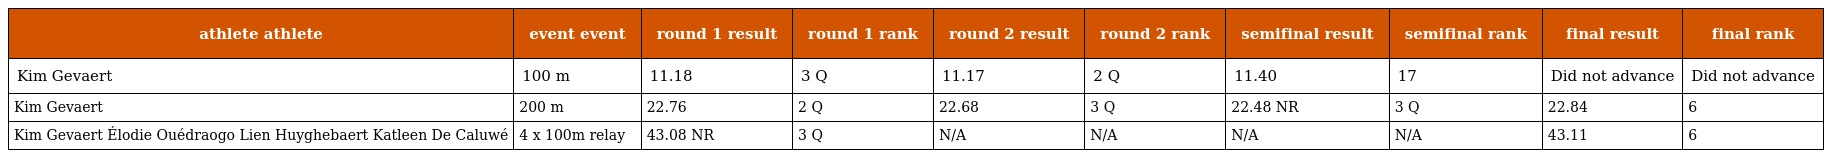
| athlete athlete | event event | round 1 result | round 1 rank | round 2 result | round 2 rank | semifinal result | semifinal rank | final result | final rank |
 | --- | --- | --- | --- | --- | --- | --- | --- | --- | --- |
 | Kim Gevaert | 100 m | 11.18 | 3 Q | 11.17 | 2 Q | 11.40 | 17 | Did not advance | Did not advance |
 | Kim Gevaert | 200 m | 22.76 | 2 Q | 22.68 | 3 Q | 22.48 NR | 3 Q | 22.84 | 6 |
 | Kim Gevaert Élodie Ouédraogo Lien Huyghebaert Katleen De Caluwé | 4 x 100m relay | 43.08 NR | 3 Q | N/A | N/A | N/A | N/A | 43.11 | 6 |